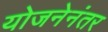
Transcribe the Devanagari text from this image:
योजनेनंतर